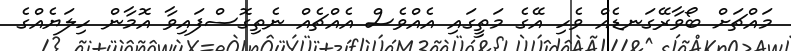
މައްޗަށް ބޯވާރޭގަނޑެއް ވެހި އޭގެ މަތީގައި އެއްވެސް އެއްޗެއް ނެތިގޮސްފައިވާ އޮމާން ހިލަޔެއްގެ